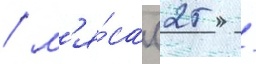
/ м'я́са (25 /